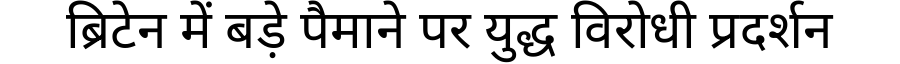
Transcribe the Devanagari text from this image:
ब्रिटेन में बड़े पैमाने पर युद्ध विरोधी प्रदर्शन